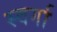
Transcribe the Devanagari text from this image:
स्वर्गा